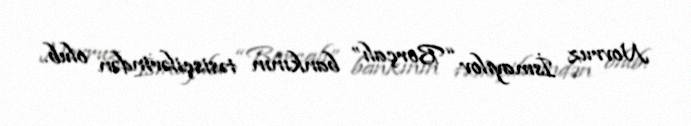
Novruz İsmayılov “Borçalı” bankının təsisçilərindən olub.